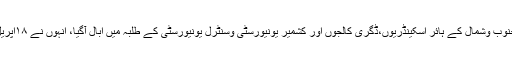
طالب علموں کے خلاف اس ظلم و جبر پر وادی کشمیر کے جنوب وشمال کے ہائر اسکینڈریوں،ڈگری کالجوں اور کشمیر یونیورسٹی وسنٹرل یونیورسٹی کے طلبہ میں اُبال آگیا، اُنہوں نے ۱۸اپریل کو اپنے اپنے اداروں میں پلوامہ واقعے پر شدید احتجاج کیا۔